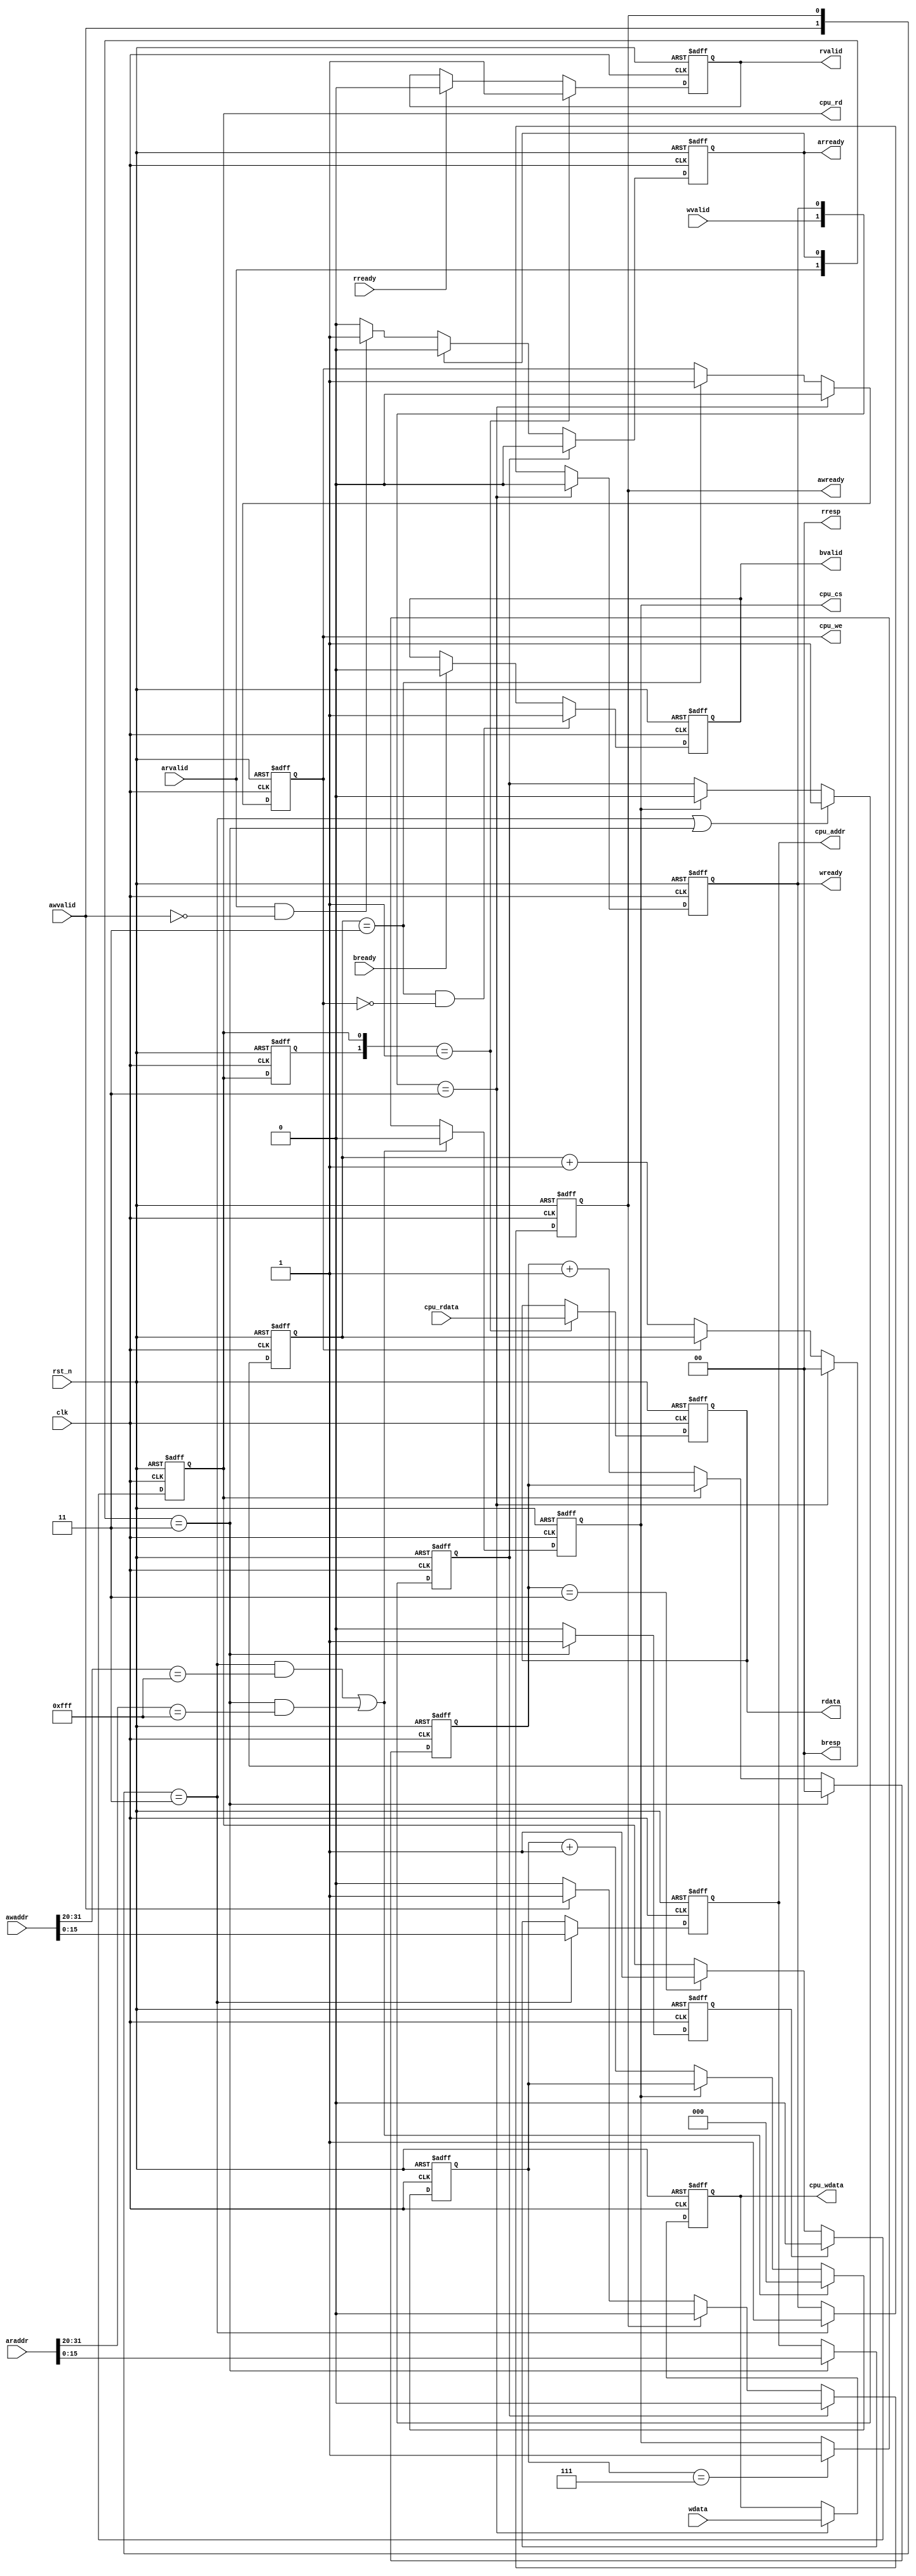
// *********************************************************************************
// Project Name :
// Author       :
// Email        :
// Creat Time   :
// Module Name  :
// Called By    :
// Abstract     :
//
// CopyRight(c) 2014, Authors
// All Rights Reserved
//
// *********************************************************************************
// Modification History:
// 1. initial
// *********************************************************************************/
// *************************
// MODULE DEFINITION
// *************************
`timescale 1 ns / 1 ns
//the axi addresses are from 0x5000_0000 to 0x5000_ffff
module axi4_lite_pro #(
parameter             U_DLY      = 1,
//  Bus protocol parameters
parameter             C_BASEADDR = 32'hffff_ffff,
parameter             C_HIGHADDR = 32'h0000_0000,
parameter             C_S_AXI_DATA_WIDTH = 32   ,
parameter             C_S_AXI_ADDR_WIDTH = 32   ,
parameter             C_SLV_AWIDTH       = 32   ,
parameter             C_SLV_DWIDTH       = 32   ,
parameter             C_USE_WSTRB        = 0    ,
parameter             C_S_AXI_MIN_SIZE   = 32'h0000_01ff,
parameter             C_CPU_ADDR_WIDTH   = 16   ,
parameter             C_DPHASE_TIMEOUT   = 8
                      )
                      (
input                 rst_n,
input                 clk,
//axi-lite interface
input                 awvalid,
output reg            awready,
input      [31:0]     awaddr,
//input      [2:0]      awprot,                 //3'b001

input                 wvalid,
output reg            wready,
input      [31:0]     wdata,
//input      [3:0]      wstrb,

output reg            bvalid,
input                 bready,
output     [1:0]      bresp,                   //2'b00: OKAY    2'b01: EXOKAY    2'b10:SLVERR    2'b11:DECERR

input                 arvalid,
output reg            arready,
input      [31:0]     araddr,
//input      [2:0]      arprot,

output reg            rvalid,
input                 rready,
output reg [31:0]     rdata,
output     [1:0]      rresp,
//CPU register interface(PL)
output reg [C_CPU_ADDR_WIDTH-1:0]     cpu_addr,
output reg            cpu_cs,
output reg [31:0]     cpu_wdata,
output reg            cpu_we,
output reg            cpu_rd,
input      [31:0]     cpu_rdata
                      );

localparam            C_BASEADDR_DOMAN = C_BASEADDR >> 20;

reg                   access_process;
reg        [2:0]      cs_cnt;
reg        [1:0]      we_cnt;
reg                   rd_pre;
reg        [1:0]      rd_cnt;
reg                   cpu_rd_dly;

assign bresp = 2'b00;
assign rresp = 2'b00;

always @(posedge clk or negedge rst_n)
begin
    if(rst_n == 1'b0)
        begin
            awready <= 1'b0;
            arready <= 1'b0;
        end
    else
        begin
            if(access_process == 1'b0)
                begin
                    if(awready == 1'b1)
                        awready <= #U_DLY 1'b0;
                    else if(awvalid == 1'b1)
                        awready <= #U_DLY 1'b1;
                    else;
                end
            else
                awready <= #U_DLY 1'b0;

            if(access_process == 1'b0)
                begin
                    if(arready == 1'b1)
                        arready <= #U_DLY 1'b0;
                    else if(arvalid == 1'b1 && awvalid == 1'b0)     //write first
                        arready <= #U_DLY 1'b1;
                    else;
                end
            else
                arready <= #U_DLY 1'b0;
        end
end

always @(posedge clk or negedge rst_n)
begin
    if(rst_n == 1'b0)
        access_process <= 1'b0;
    else
        begin
            if({awvalid,awready} == 2'b11 || {arvalid,arready} == 2'b11)
                access_process <= #U_DLY 1'b1;
            else if(cpu_cs == 1'b1)
                access_process <= #U_DLY 1'b0;
            else;
        end
end

always @(posedge clk or negedge rst_n)
begin
    if(rst_n == 1'b0)
        begin
            wready <= 1'b0;
            bvalid <= 1'b0;
        end
    else
        begin
            if({wvalid,wready} == 2'b11)
                wready <= #U_DLY 1'b0;
            else if({awvalid,awready} == 2'b11)
                wready <= #U_DLY 1'b1;
            else;

            if(we_cnt == 2'b11 && cpu_we == 1'b0)
                bvalid <= #U_DLY 1'b1;
            else if(bready == 1'b1)
                bvalid <= #U_DLY 1'b0;
            else;
        end
end


always @(posedge clk or negedge rst_n)
begin
    if(rst_n == 1'b0)
        begin
            cpu_addr <= {C_CPU_ADDR_WIDTH{1'd0}};
            cpu_cs <= 1'b1;
            cs_cnt <= 3'b00;
        end
    else
        begin
            if({awvalid,awready} == 2'b11)
                cpu_addr <= #U_DLY awaddr[C_CPU_ADDR_WIDTH-1:0];
            else if({arvalid,arready} == 2'b11)
                cpu_addr <= #U_DLY araddr[C_CPU_ADDR_WIDTH-1:0];
            else;

            if(({awvalid,awready} == 2'b11 && awaddr[31:20] == C_BASEADDR_DOMAN) || ({arvalid,arready} == 2'b11 && araddr[31:20] == C_BASEADDR_DOMAN))
                cpu_cs <= #U_DLY 1'b0;
            else if(cs_cnt == 3'b111)
                cpu_cs <= #U_DLY 1'b1;
            else;

            if(({awvalid,awready} == 2'b11 && awaddr[31:20] == C_BASEADDR_DOMAN) || ({arvalid,arready} == 2'b11 && araddr[31:20] == C_BASEADDR_DOMAN))
                cs_cnt <= #U_DLY 3'd0;
            else if(cpu_cs == 1'b0)
                cs_cnt <= #U_DLY cs_cnt + 3'd1;
            else;
        end
end

always @(posedge clk or negedge rst_n)
begin
    if(rst_n == 1'b0)
        begin
            cpu_wdata <= 32'd0;
            cpu_we <= 1'b1;
            we_cnt <= 2'b00;
            cpu_rd <= 1'b1;
            rd_pre <= 1'b0;
            rd_cnt <= 2'b00;
        end
    else
        begin
           if({wvalid,wready} == 2'b11)
               cpu_wdata <= #U_DLY wdata;
           else;

           if({wvalid,wready} == 2'b11)
               cpu_we <= #U_DLY 1'b0;
           else if(we_cnt == 2'b11)
               cpu_we <= #U_DLY 1'b1;
           else;

           if({wvalid,wready} == 2'b11)
               we_cnt <= #U_DLY 2'd0;
           else if(cpu_we == 1'b0)
               we_cnt <= #U_DLY we_cnt + 2'd1;
           else;

           if({arvalid,arready} == 2'b11)
               rd_pre <= #U_DLY 1'b1;
           else
               rd_pre <= #U_DLY 1'b0;

           if(rd_pre == 1'b1)
               cpu_rd <= #U_DLY 1'b0;
           else if(rd_cnt == 2'b11)
               cpu_rd <= #U_DLY 1'b1;
           else;

           if({arvalid,arready} == 2'b11)
               rd_cnt <= #U_DLY 2'd0;
           else if(cpu_rd == 1'b0)
               rd_cnt <= #U_DLY rd_cnt + 2'd1;
           else;
        end
end

always @(posedge clk or negedge rst_n)
begin
    if(rst_n == 1'b0)
        begin
            cpu_rd_dly <= 1'b1;
            rvalid <= 1'b0;
            rdata <= 32'd0;
        end
    else
        begin
            cpu_rd_dly <= #U_DLY cpu_rd;

            if({cpu_rd_dly,cpu_rd} == 2'b01)
                rvalid <= #U_DLY 1'b1;
            else if(rready == 1'b1)
                rvalid <= #U_DLY 1'b0;
            else;

            if({cpu_rd_dly,cpu_rd} == 2'b01)
                rdata <= #U_DLY cpu_rdata;
            else;
        end
end



endmodule